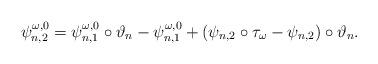
LaTeX: \begin{align*} \psi_{n,2}^{\omega,0}=\psi_{n,1}^{\omega,0}\circ\vartheta_n-\psi_{n,1}^{\omega,0}+(\psi_{n,2}\circ\tau_{\omega}-\psi_{n,2})\circ\vartheta_n. \end{align*}